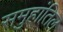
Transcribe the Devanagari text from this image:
समुहांतिल